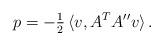
LaTeX: \begin{align*} p=-\tfrac{1}{2}\,\langle v,A^TA''v\rangle\,.\end{align*}